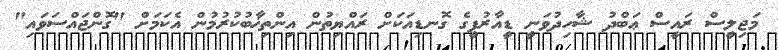
މަޖިލީސް ރައީސް ޢަބްދު ޝާހިދުވަނީ ޑީއާރުޕީގެ ގޮނޑިއަކަށް ރައްޔިތުން އިންތިޚާބުކުރުމުން އެކަމަށް "ގޮންޖައްސަވައި"